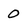
Character: 0